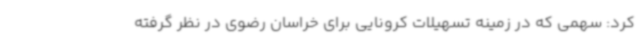
کرد: سهمی که در زمینه تسهیلات کرونایی برای خراسان رضوی در نظر گرفته